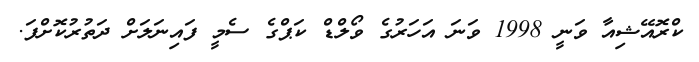
ކްރޮއޭޝިއާ ވަނީ 1998 ވަނަ އަހަރުގެ ވޯލްޑް ކަޕްގެ ސެމީ ފައިނަަލަށް ދަތުރުކޮށްފަ.